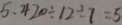
5 , 4 2 0 \div 1 2 \div 7 = 5